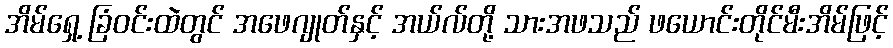
အိမ်ရှေ့ ခြံဝင်းထဲတွင် အဖေဂျုတ်နှင့် အယ်လ်တို့ သားအဖသည် ဖယောင်းတိုင်မီးအိမ်ဖြင့်